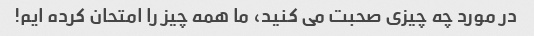
در مورد چه چیزی صحبت می کنید، ما همه چیز را امتحان کرده ایم!